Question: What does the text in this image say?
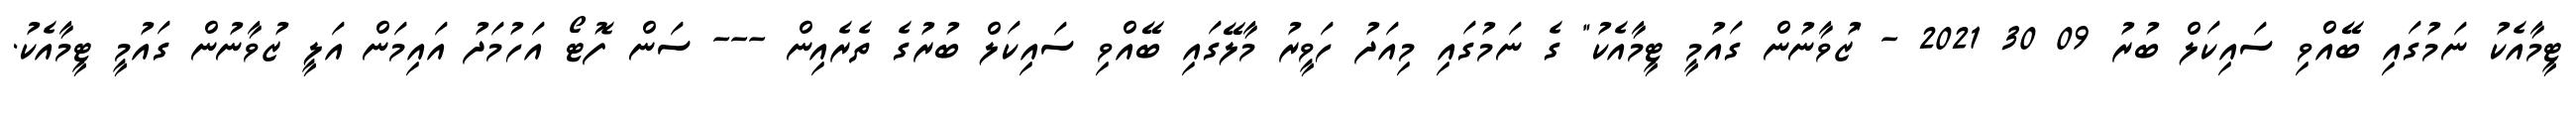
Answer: ޓީމާއެކު ނަމުގައި ބޭއްވި ސައިކަލް ބުރު 09 30 2021 - "ޒުވާނުން ގައުމީ ޓީމާއެކު" ގެ ނަމުގައި މިއަދު ހަވީރު މާލޭގައި ބޭއްވި ސައިކަލް ބުރުގެ ތެރެއިން --- ސަން ފޮޓޯ އަހުމަދު އައިމަން އަލީ ޒުވާނުން ގައުމީ ޓީމާއެކު.